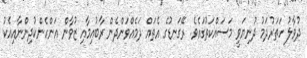
ދުވާލު ހަތަރުދަމު ދުނިޔަވީ މަސައްކަތުގައެވެ. ރޭގަނޑުގެ އެތައް ދަމެއްވަންދެން ރާބުއިމާއި ޒުވާން އަންހެންކުދިންނާއިއެކު